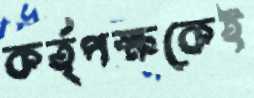
কর্তৃপক্ষকেই